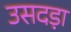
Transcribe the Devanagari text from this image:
उसदड़ा